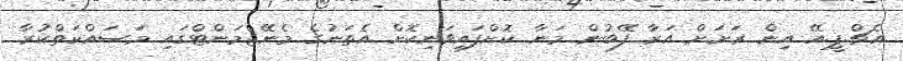
އެޗް.ޕީ.އޭ އިން ރަށަށް އަރާ ފޭބުން މަނާ ކޮށްފައިވަނިކޮށް އެތަނުގެ މެނޭޖްމަންޓްގައި މަސައްކަތްކުރާ